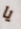
يا